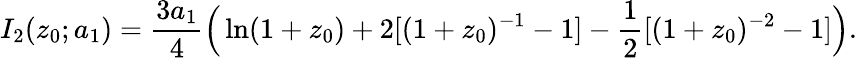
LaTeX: I_{2}(z_{0};a_{1})={\frac{3a_{1}}{4}}\Big(\ln(1+z_{0})+2[(1+z_{0})^{-1}-1]-{\frac{1}{2}}[(1+z_{0})^{-2}-1]\Big).